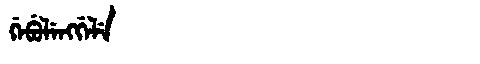
Manchu: ᡤᡝᠪᡠᠯᡝᠩᡤᡝᠯᡝ
Romanization: GEBULENGGELE